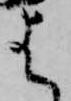
は